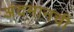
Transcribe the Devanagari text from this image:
अंदमानची